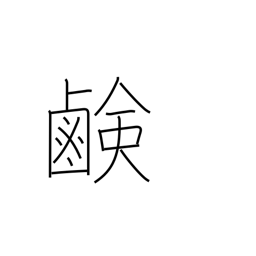
Meaning: saltiness